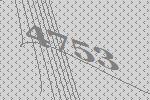
4753